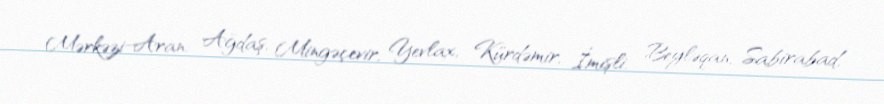
Mərkəzi-Aran: Ağdaş, Mingəçevir, Yevlax, Kürdəmir, İmişli, Beyləqan, Sabirabad,